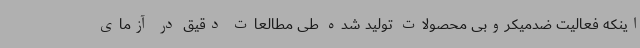
اینکه فعالیت ضدمیکروبی محصولات تولید شده طی مطالعات دقیق در آزمای